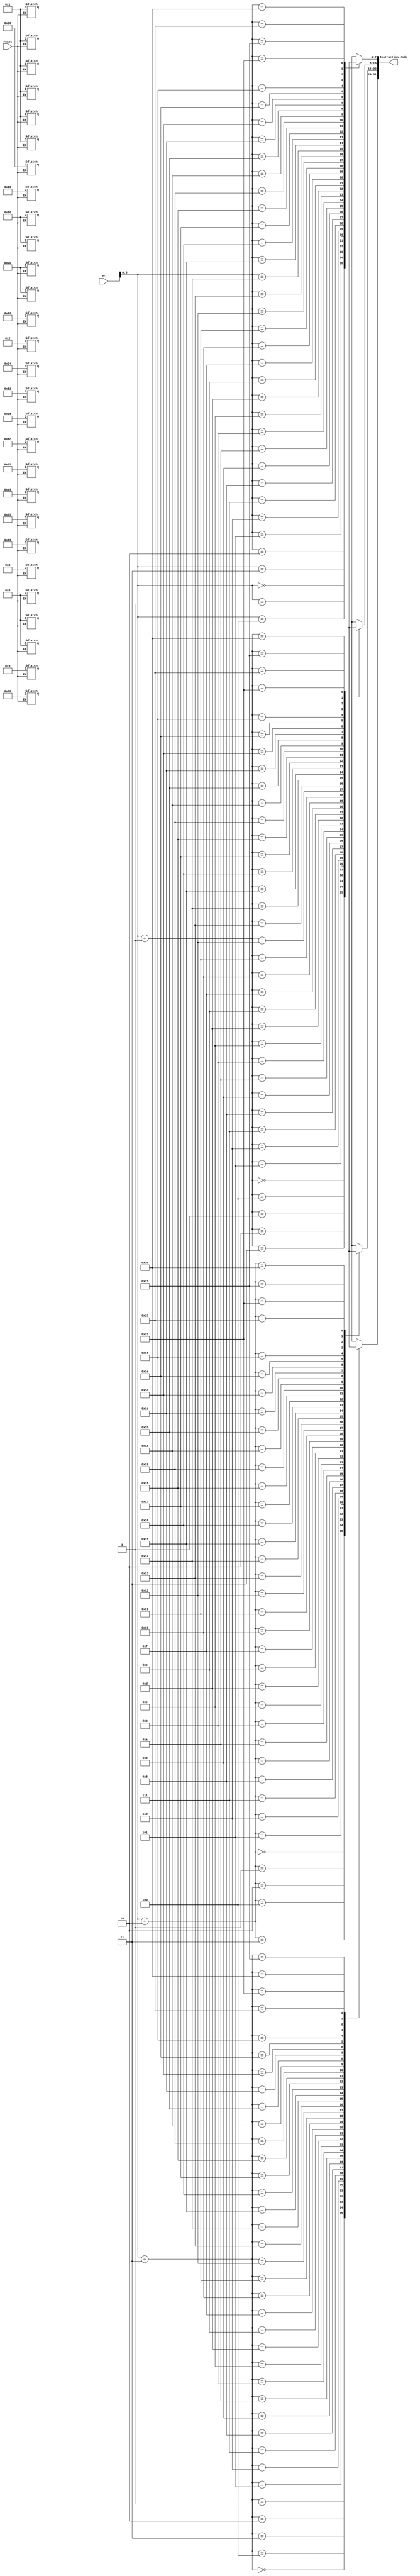
`timescale 1ns / 1ps
//////////////////////////////////////////////////////////////////////////////////
// Company: 
// Engineer: 
// 
// Design Name: 
// Module Name: Instruction_Memory
// Project Name: 
// Target Devices: 
// Tool Versions: 
// Description: 
// 
// Dependencies: 
// 
// Revision:
// Revision 0.01 - File Created
// Additional Comments:
// 
//////////////////////////////////////////////////////////////////////////////////
module Instruction_Memory(
    input [31:0] PC,
    input reset,
    output [31:0] Instruction_Code
    );
reg [7:0] Mem [35:0];
assign Instruction_Code = {Mem[PC+3],Mem[PC+2],Mem[PC+1],Mem[PC]};

always @(reset)
begin
if(reset==0)
begin
Mem[3] = 8'h00; Mem[2] = 8'h01; Mem[1] = 8'h10; Mem[0] = 8'h20;//add r0, r1, r2
Mem[7] = 8'h00; Mem[6]=8'h85; Mem[5]=8'h30; Mem[4]=8'h22;//sub r4,r5,r6
Mem[11] = 8'h01; Mem[10] = 8'h09; Mem[9] = 8'h50; Mem[8] = 8'h24;//and r8. r9, r10
Mem[15] = 8'h01; Mem[14] = 8'h28; Mem[13] = 8'h50; Mem[12] = 8'h25;//or r9, r8, r10
Mem[19] = 8'h01; Mem[18] = 8'h66; Mem[17] = 8'h01; Mem[16] = 8'h80;//sll r6, 6
Mem[23] = 8'h01; Mem[22] = 8'hA9; Mem[21] = 8'h02; Mem[20] = 8'h82;//srl r13, r9, 10
Mem[27] = 8'hFC; Mem[26] = 8'h20; Mem[25] = 8'h00; Mem[24] = 8'h08;//li r1, 8
end
end
endmodule